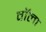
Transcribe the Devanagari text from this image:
वॉला